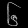
Digit: ၆